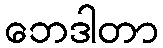
ဘေဒါတာ